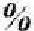
%